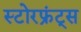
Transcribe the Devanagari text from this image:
स्टोरफ्रंट्स